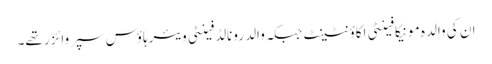
ان کی والدہ مونیکا فینٹی اکاؤنٹینٹ جبکہ والد رونالڈ فینٹی ویئرہاؤس سپروائزر تھے۔